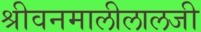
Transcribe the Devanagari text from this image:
श्रीवनमालीलालजी